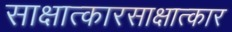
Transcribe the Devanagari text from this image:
साक्षात्कारसाक्षात्कार